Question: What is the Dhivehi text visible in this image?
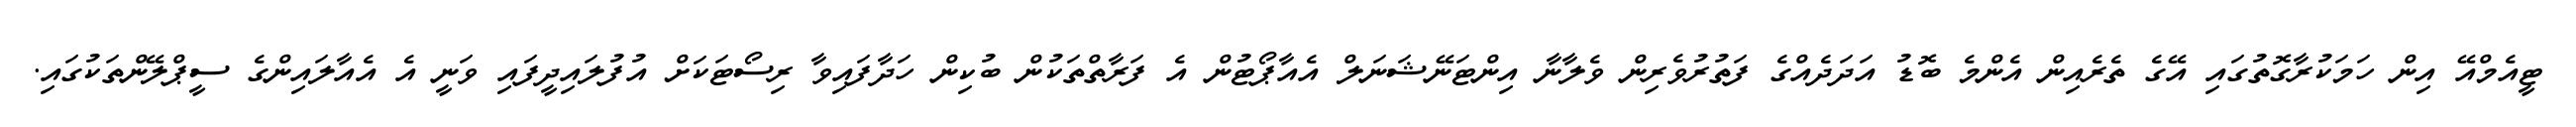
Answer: ޓީއެމްއޭ އިން ހަމަކުރާގޮތުގައި އޭގެ ތެރެއިން އެންމެ ބޮޑު އަދަދެއްގެ ފަތުރުވެރިން ވެލާނާ އިންޓަނޭޝަނަލް އެއާޕޯޓުން އެ ފަރާތްތަކުން ބުކިން ހަދާފައިވާ ރިސޯޓަކަށް އުފުލައިދީފައި ވަނީ އެ އެއާލައިންގެ ސީޕްލޭންތަކުގައި.